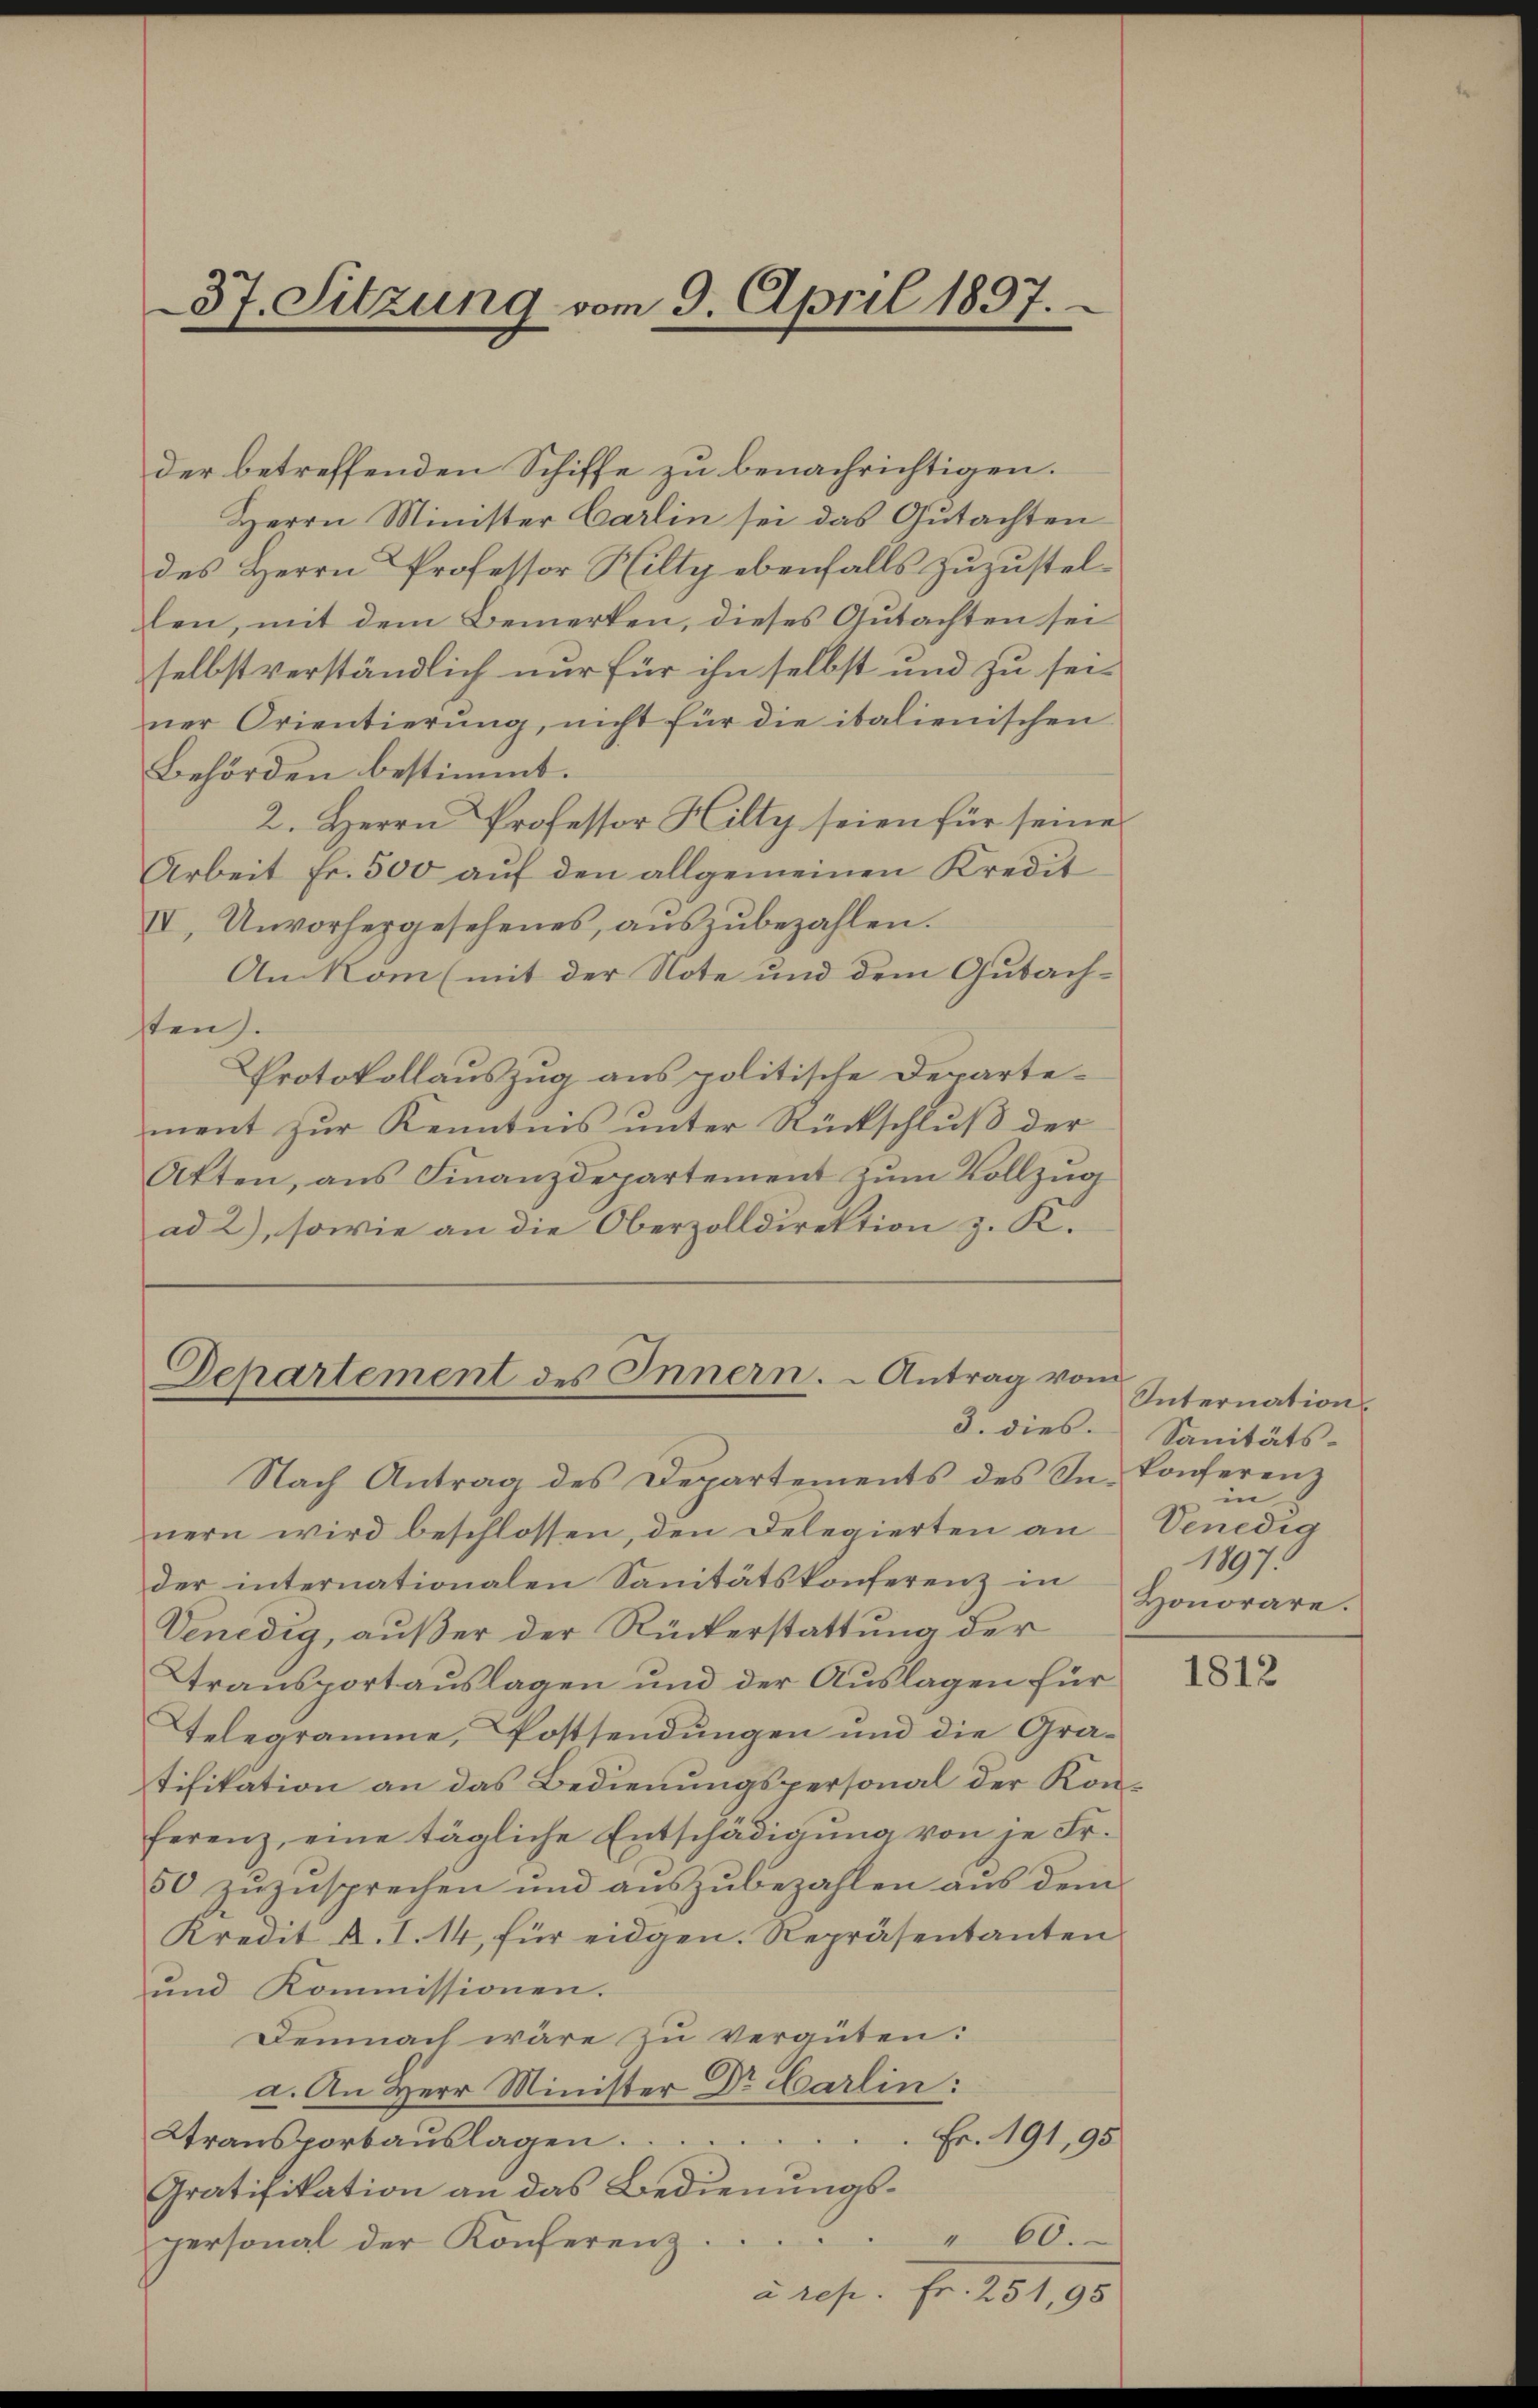
37. Sitzung vom 9. April 1897.

der betreffenden Schiffe zu benachrichtigen.
Herrn Minister Carlin sei das Gutachten
des Herrn Professor Hilty ebenfalls zuzustellen, mit dem Bemerken, dieses Gutachten sei
selbst verständlich nur für ihn selbst und zu seiner Orientierung, nicht für die italienischen
Behörden bestimmt.
2. Herrn Professor Hilty seien für seine
Arbeit fr. 500 aŭf den allgemeinen Kredit
IV., Unvorhergesehenes, auszubezahlen.
An kom (mit der Note und dem Gutachsten).
Protokollauszug aus politische Departement zur Kenntnis unter Rückschluß der
Akten, aus Finanzdepartement zum Vollzug
ad 2), sowie an die Oberzolldirektion z. K.

Nach Antrag des Departements des In. Conferenz
nern wird beschlossen, den Delegierten an
der internationalen Sanitätskonferenz in Honorare.
Venedig, außer der Rückerstattung der
Stransportauslagen und der Auslagen für
Telegramme, Postsendungen und die Gratifikation an das Bedienungspersonal der Konferenz, eine tägliche Entschädigŭng von je Fr.
50 zuzusprechen und auszubezahlen aus dem
Kredit A. I. 14, für eidgen. Repräsentanten
und Kommissionen.
Demnach wäre zu vergüten:
a. An Herr Minister Dr. Carlin:
Fr. 191,95
Stransportaŭslagen.
Gratifikation an das Bedienungs¬
" 60.
personal der Konferenz
ares. Fr. 251,98

Departement des Innern.  Antrag vom

Internation.
3. dies Sanitäts-
in
Venedig
1897.

1812